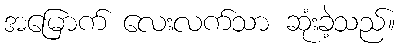
အမြောက် လေးလက်သာ ဆုံးခဲ့သည်။